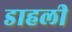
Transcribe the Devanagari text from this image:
डाहली